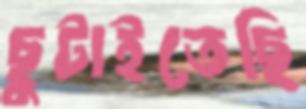
ছুটাইতেছি